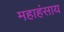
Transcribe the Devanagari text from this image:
महाहंसाय